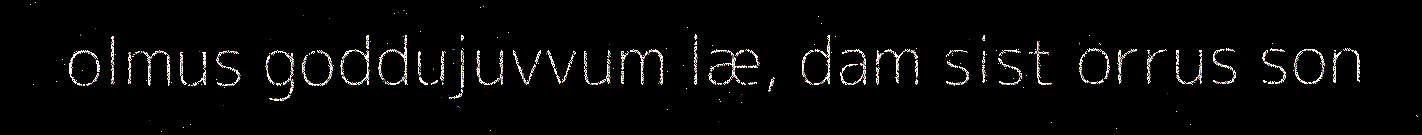
olmus goddujuvvum læ, dam sist orrus son